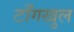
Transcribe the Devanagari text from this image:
टाँगखुल